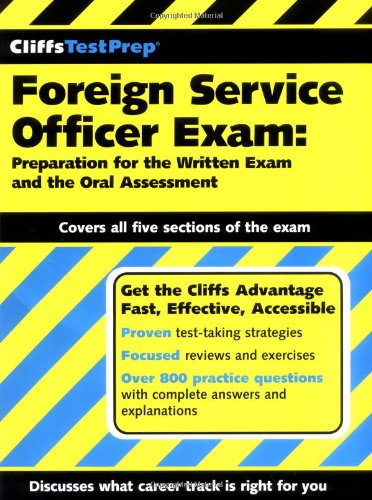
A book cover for CliffsTestPrep Foreign Service Officer Exam: Preparation for the Written Exam and the Oral Assessment; American BookWorks Corporation; Test Preparation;